Lunatic asylums in Bengal annual reports 1888-1898 - 1888-1898
Year: 1888
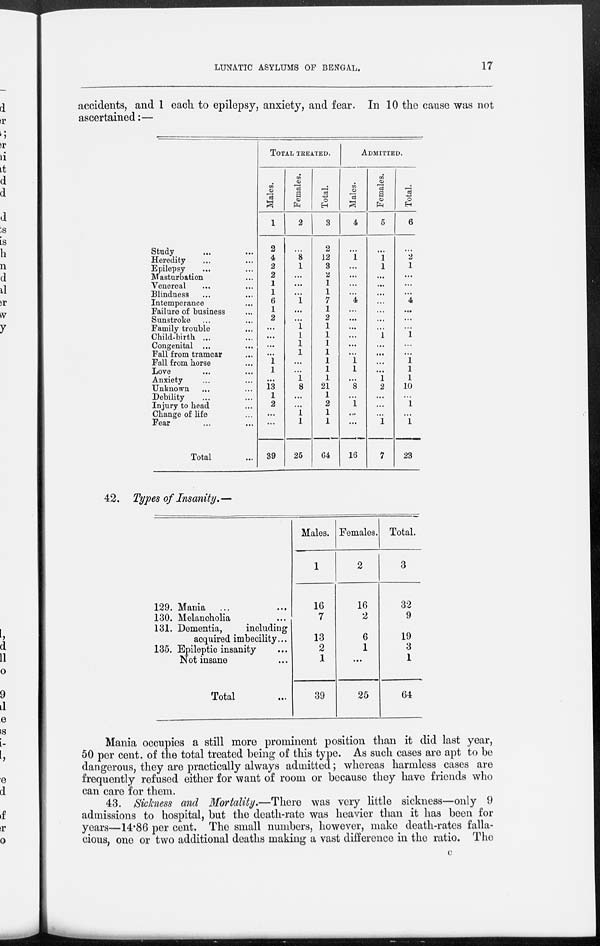
LUNATIC ASYLUMS OF BENGAL.
17
accidents, and 1 each to epilepsy, anxiety, and fear. In 10 the cause was not
ascertained:—
Study ... ...
Heredity ... ...
Epilepsy ... ...
Masturbation ...
Venereal ... ...
Blindness
...
Intemperance ...
Failure of business ...
Sunstroke ... ...
Family trouble ... ...
Child-birth ... ...
Congenital ... ...
Fall from tramcar ...
Fall from horse ...
Love ... ...
Anxiety ... ...
Unknown ... ...
Debility ... ...
Injury to head ...
Change of life ...
Fear ... ...
Total ...
TOTAL TREATED.
Males.
1
2
4
2
2
1
1
6
1
2
...
...
...
...
1
1
...
13
1
2
...
...
39
Females.
2
...
8
1
...
...
...
1
...
...
1
1
1
1
...
...
1
8
...
...
1
1
25
Total.
3
2
12
3
2
1
1
7
1
2
1
1
1
1
1
1
1
21
1
2
1
1
64
Admitted.
Males.
4
...
1
...
...
...
...
4
...
...
...
...
...
...
1
1
...
8
...
1
...
...
16
Females.
5
...
1
1
...
...
...
...
...
...
...
1
...
...
...
...
1
2
...
...
...
1
7
Total.
6
2
1
...
...
...
4
...
...
...
1
...
...
1
1
1
10
...
1
...
1
23
42. Types of Insanity.—
129. Mania ... ...
130. Melancholia ... ...
131. Dementia,
including
acquired imbecility...
135. Epileptic insanity ...
Not insane ...
Total ...
Males.
1
16
7
13
2
1
39
Females.
2
16
2
6
1
...
25
Total.
3
32
9
19
3
1
64
Mania occupies a still more prominent position than it did last year,
50 per cent. of the total treated being of this type. As such cases are apt to be
dangerous, they are practically always admitted; whereas harmless cases are
frequently refused either for want of room or because they have friends who
can care for them.
43. Sickness and Mortality.—There was very little sickness—only 9
admissions to hospital, but the death-rate was heavier than it has been for
years—14.86 per cent. The small numbers, however, make death-rates falla-
cious, one or two additional deaths making a vast difference in the ratio. The
C